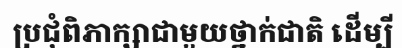
ប្រជុំពិភាក្សាជាមួយថ្នាក់ជាតិ ដើម្បី